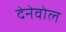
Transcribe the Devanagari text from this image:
देनेवोल